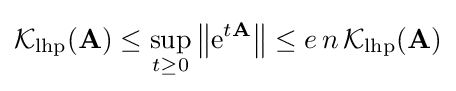
{\mathcal {K}}_{\mathrm {lhp} }(\mathbf {A} )\leq \sup _{t\geq 0}\left\|\mathrm {e} ^{t\mathbf {A} }\right\|\leq e\,n\,{\mathcal {K}}_{\mathrm {lhp} }(\mathbf {A} )